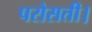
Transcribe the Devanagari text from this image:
परोसती।